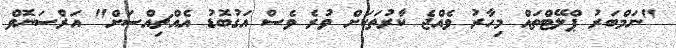
"ނަމްބަރު ޕްލޭޓްތައް މިހާރު ވެއްޖެ ކާރުތަކަށް ވުރެ ވެސް އަގުބޮޑު އެއްޗިއްސަށް" އަރްސަނޮވް